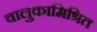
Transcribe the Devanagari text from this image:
वालुकामिश्रित